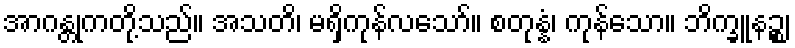
အာဂန္တုကတို့သည်။ အသတိ၊ မရှိကုန်လသော်။ စတုန္နံ၊ ကုန်သော။ ဘိက္ခူနဉ္စ၊